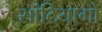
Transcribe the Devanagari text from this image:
सांटियागो